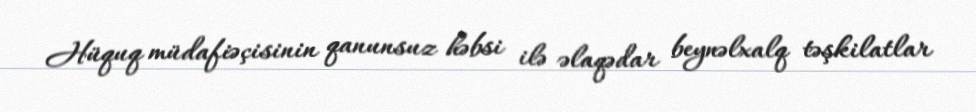
Hüquq müdafiəçisinin qanunsuz həbsi ilə əlaqədar beynəlxalq təşkilatlar